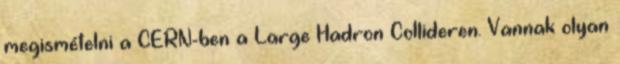
megismételni a CERN-ben a Large Hadron Collideren. Vannak olyan